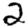
Digit: 2